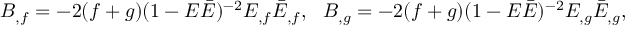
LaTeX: B _ { , f } = - 2 ( f + g ) ( 1 - E \bar { E } ) ^ { - 2 } E _ { , f } \bar { E } _ { , f } , ~ ~ B _ { , g } = - 2 ( f + g ) ( 1 - E \bar { E } ) ^ { - 2 } E _ { , g } \bar { E } _ { , g } ,